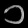
Digit: ၁